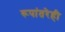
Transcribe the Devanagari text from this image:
रूपांतरेही